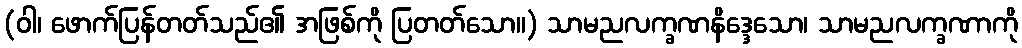
(ဝါ၊ ဖောက်ပြန်တတ်သည်၏ အဖြစ်ကို ပြတတ်သော။) သာမညလက္ခဏနိဒ္ဒေသော၊ သာမညလက္ခဏာကို